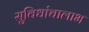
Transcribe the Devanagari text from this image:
सुविधांचालाभ